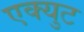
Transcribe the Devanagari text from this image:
एक्युट